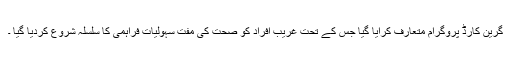
گرین کارڈ پروگرام متعارف کرایا گیا جس کے تحت غریب افراد کو صحت کی مفت سہولیات فراہمی کا سلسلہ شروع کردیا گیا ۔